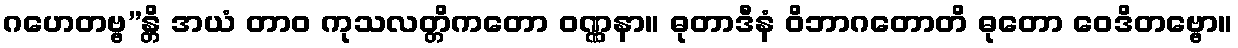
ဂဟေတဗ္ဗ”န္တိ အယံ တာဝ ကုသလတ္တိကတော ဝဏ္ဏနာ။ ဓုတာဒီနံ ဝိဘာဂတောတိ ဓုတော ဝေဒိတဗ္ဗော။